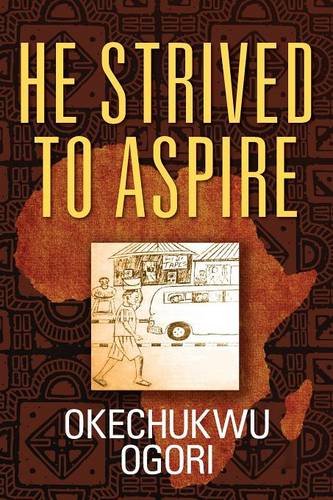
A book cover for He Strived to Aspire; Okechukwu Ogori; Crafts, Hobbies & Home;